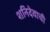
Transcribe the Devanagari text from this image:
शनिदेवाची